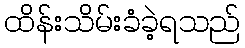
ထိန်းသိမ်းခံခဲ့ရသည်